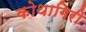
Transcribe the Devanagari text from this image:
कोथागिरी